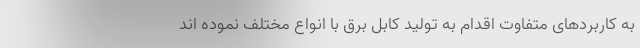
به کاربردهای متفاوت اقدام به تولید کابل برق با انواع مختلف نموده اند